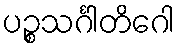
ပဉ္စသင်္ဂါတိဂေါ